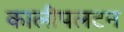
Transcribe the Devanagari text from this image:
कालीपलटन